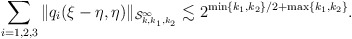
\begin{align*}\sum_{i=1,2,3}\| q_i(\xi-\eta, \eta)\|_{\mathcal{S}^\infty_{k,k_1,k_2}} \lesssim 2^{\min\{k_1,k_2\}/2+ \max\{k_1,k_2\}}.\end{align*}